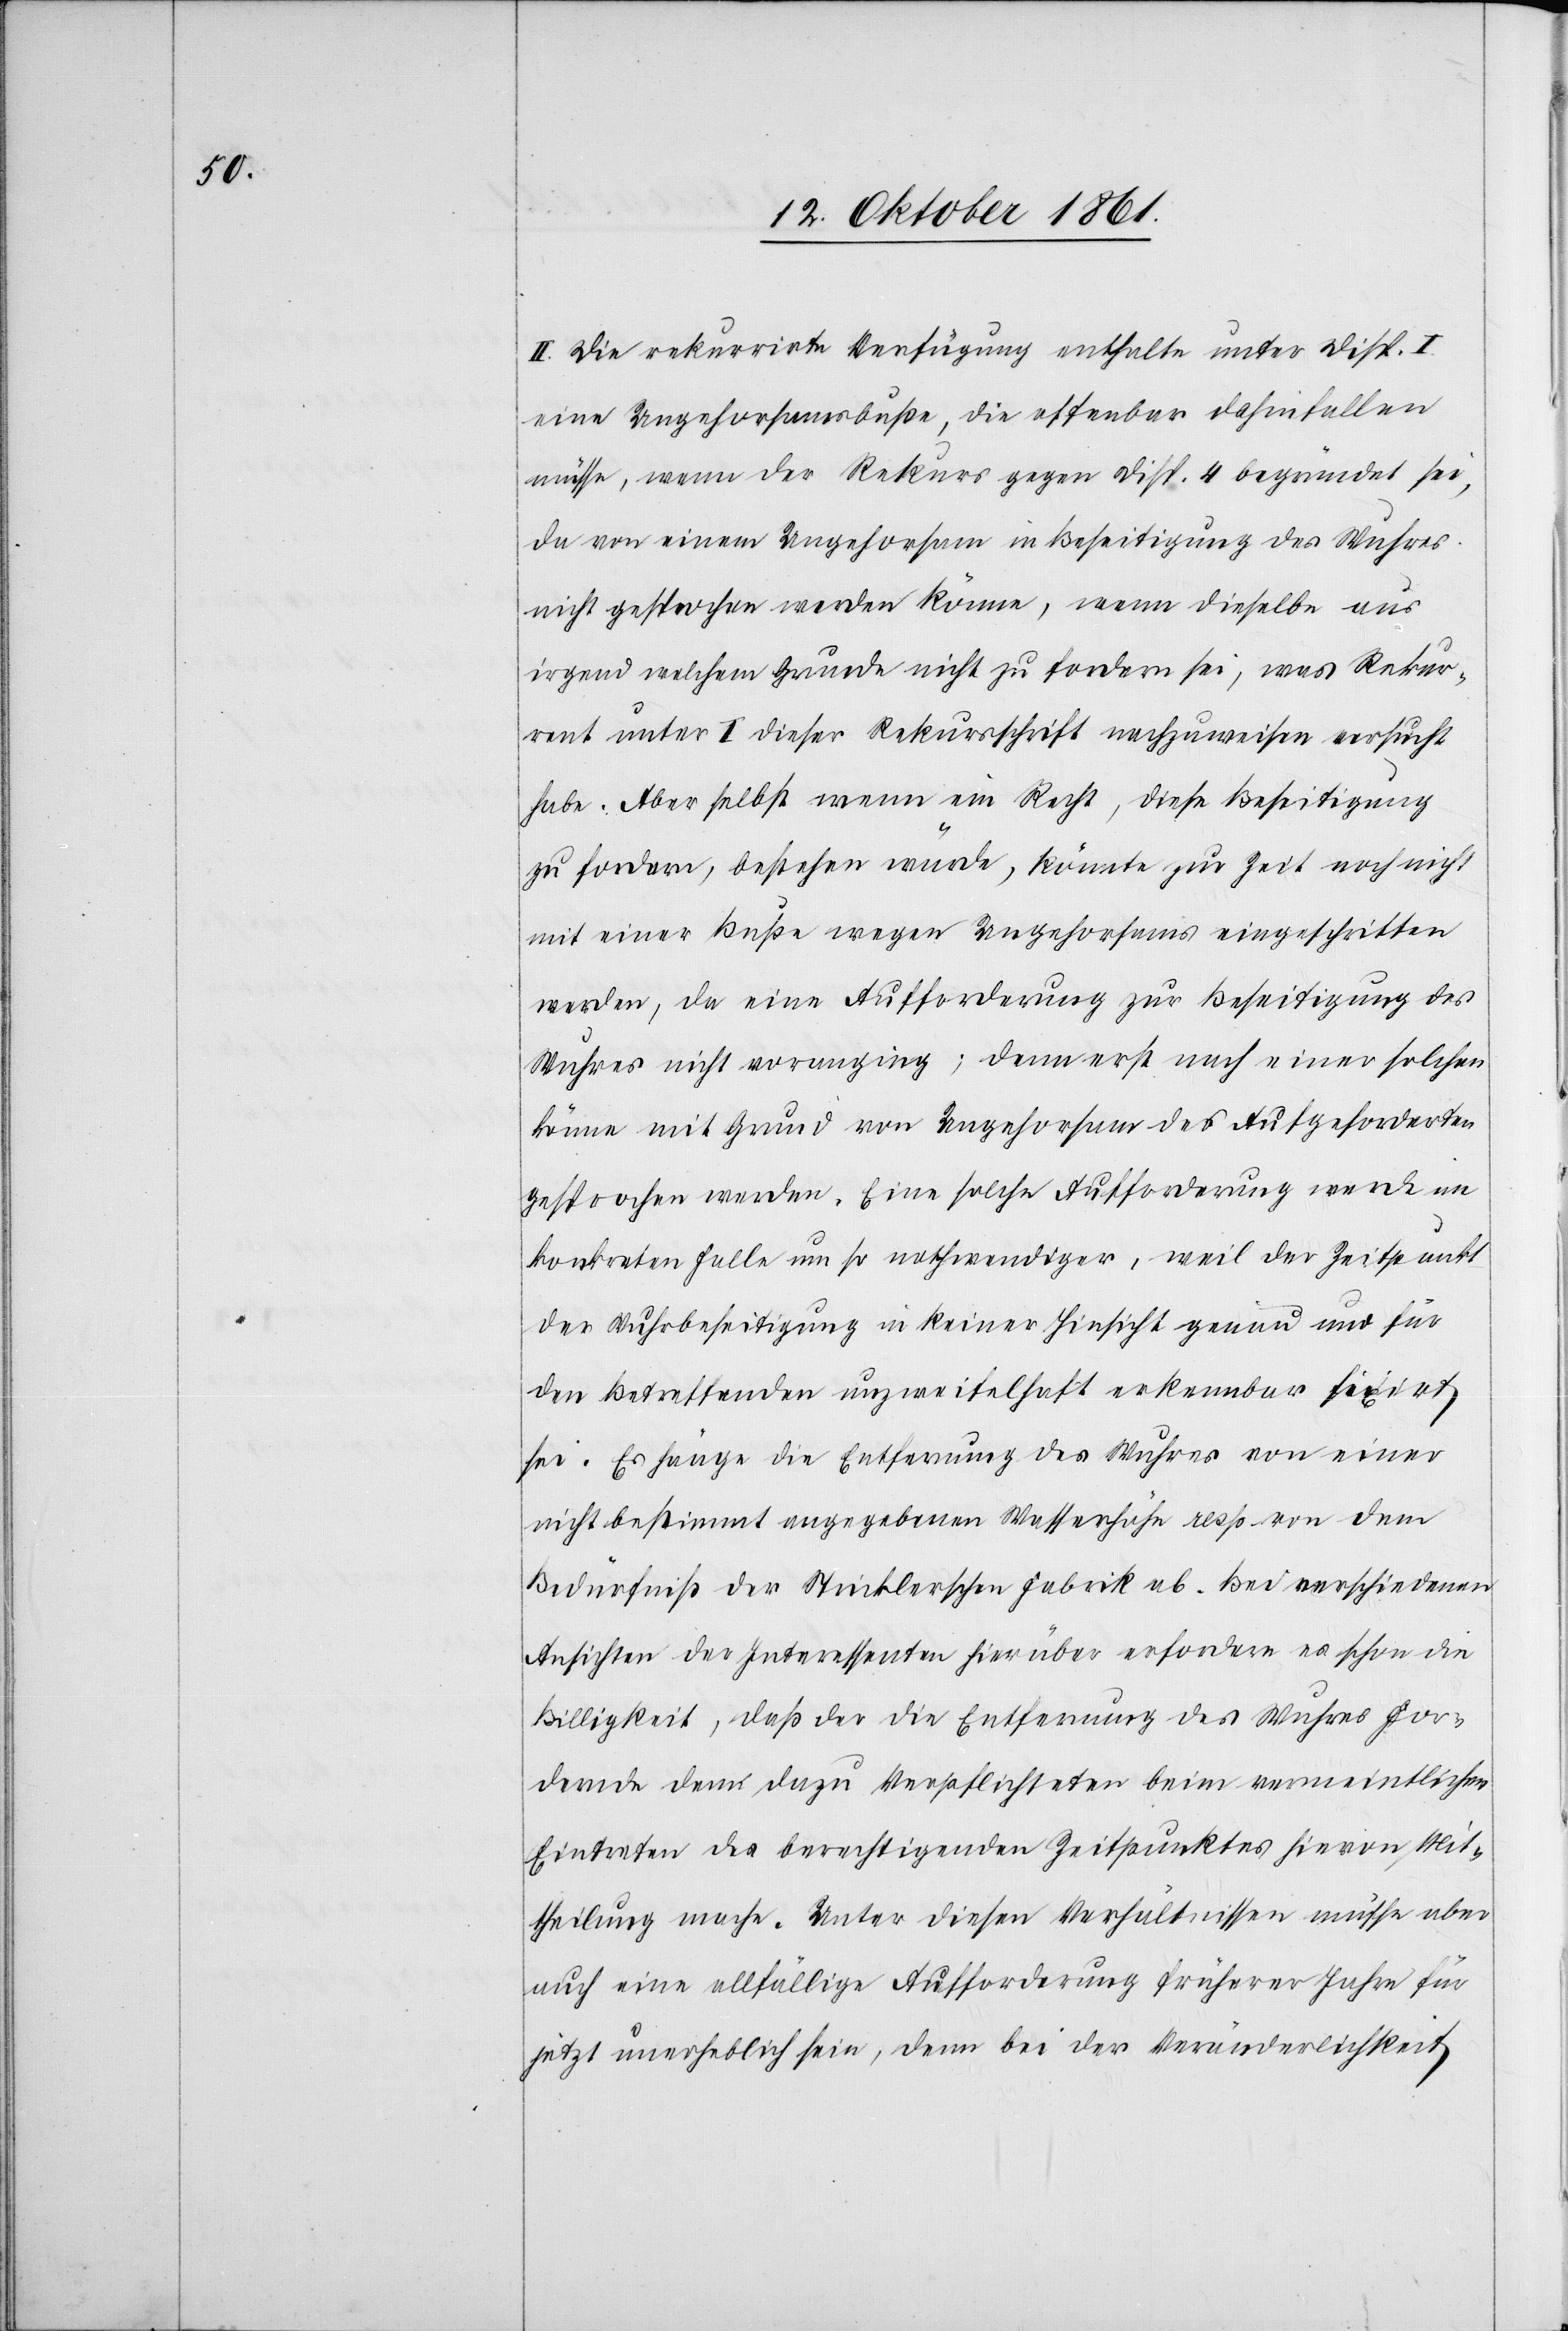
II. Die rekurrirte Verfügung enthalte unter Disp. I
eine Ungehorsamsbuße, die offenbar dahinfallen
müsse, wenn der Rekurs gegen Disp. 4 begründet sei,
da von einem Ungehorsam in Beseitigung des Wuhres
nicht gesprochen werden könne, wenn dieselbe aus
irgend welchem Grunde nicht zu fordern sei, was Rekur¬
rent unter I dieser Rekursschrift nachzuweisen versucht
habe. Aber selbst wenn ein Recht, diese Beseitigung
zu fordern, bestehen würde, könnte zur Zeit noch nicht
mit einer Buße wegen Ungehorsams eingeschritten
werden, da eine Aufforderung zur Beseitigung des
Wuhres nicht voranging; denn erst nach einer solchen
könne mit Grund von Ungehorsam des Aufgeforderten
gesprochen werden. Eine solche Aufforderung werde im
konkreten Falle um so nothwendiger, weil der Zeitpunkt
der Wuhrbeseitigung in keiner Hinsicht genau nur für
den Betreffenden unzweifelhaft erkennbar fixirt
sei. Es hänge die Entfernung des Wuhres von einer
nicht bestimmt angegebenen Wasserröhre resp. von dem
Bedürfniß der Stricklerschen Fabrik ab. Bei verschiedenen
Ansichten des Interessenten hierüber erfordere es schon die
Billigkeit, daß der die Entfernung des Wuhres For¬
dernde dem dazu Verpflichteten beim vermeintlichen
Eintreten des berechtigenden Zeitpunktes hievon Mit¬
theilung mache. Unter diesen Verhältnissen müsse aber
auch eine allfällige Aufforderung früherer Jahre für
jetzt unerheblich sein, denn bei der Veränderlichkeit